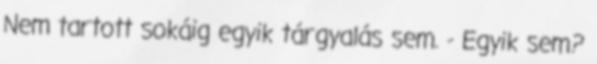
Nem tartott sokáig egyik tárgyalás sem. - Egyik sem?